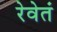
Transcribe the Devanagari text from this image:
रेवेतं